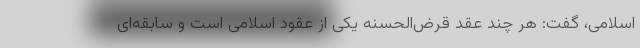
اسلامی، گفت: هر چند عقد قرض‌الحسنه یکی از عقود اسلامی است و سابقه‌ای